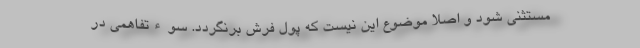
مستثنی شود و اصلا موضوع این نیست که پول فرش برنگردد. سوءتفاهمی در